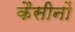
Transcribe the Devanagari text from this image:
कैसीनों